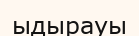
ыдырауы